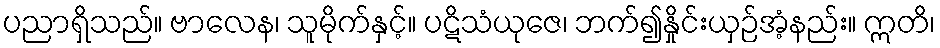
ပညာရှိသည်။ ဗာလေန၊ သူမိုက်နှင့်။ ပဋိသံယုဇေ၊ ဘက်၍နှိုင်းယှဉ်အံ့နည်း။ ဣတိ၊